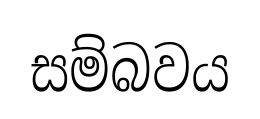
සම්බවය